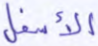
الأسفل